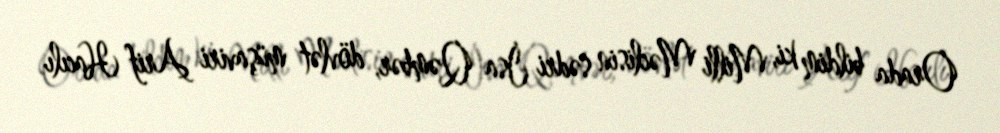
Orada bildim ki, Milli Məclisin sədri İsa Qəmbər, dövlət müşaviri Arif Hacılı